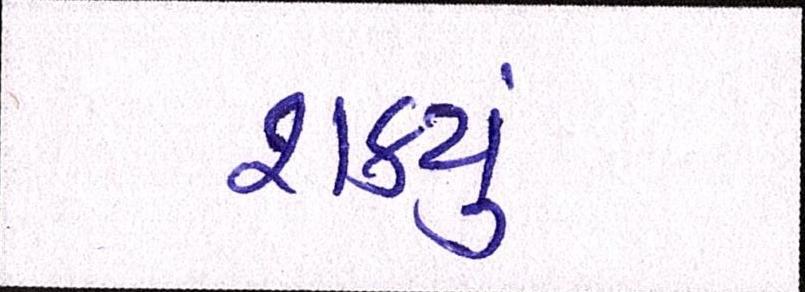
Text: શકયું